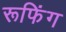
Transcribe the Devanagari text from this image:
रूफिंग